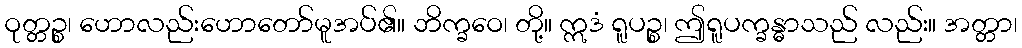
ဝုတ္တဉ္စ၊ ဟောလည်းဟောတော်မူအပ်၏။ ဘိက္ခဝေ၊ တို့။ ဣဒံ ရူပဉ္စ၊ ဤရူပက္ခန္ဓာသည် လည်း။ အတ္တာ၊